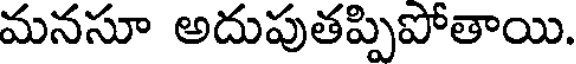
మనసూ అదుపుతప్పిపోతాయి.